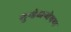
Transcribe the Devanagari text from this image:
गुन्हेअन्वेषण